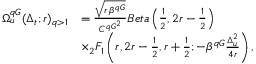
\begin{array} { r l } { \Omega _ { u } ^ { q G } ( \Delta _ { t } ; r ) _ { q > 1 } } & { = \frac { \sqrt { r \, \beta ^ { q G } } } { { C ^ { q G } } ^ { 2 } } B e t a \left( \frac { 1 } { 2 } , 2 r - \frac { 1 } { 2 } \right) } \\ & { \times _ { 2 } F _ { 1 } \left( r , 2 r - \frac { 1 } { 2 } , r + \frac { 1 } { 2 } ; - \beta ^ { q G } \frac { \Delta _ { u } ^ { 2 } } { 4 r } \right) , } \end{array}